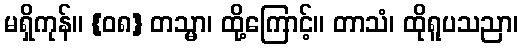
မရှိကုန်။ {၀၈} တသ္မာ၊ ထို့ကြောင့်။ တာသံ၊ ထိုရူပသညာ၊